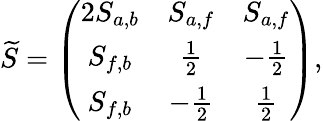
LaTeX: \widetilde{S}=\left(\begin{array}{ccc}{{2S_{a,b}}}&{{S_{a,f}}}&{{S_{a,f}}}\\ {{S_{f,b}}}&{{\frac{1}{2}}}&{{-\frac{1}{2}}}\\ {{S_{f,b}}}&{{-\frac{1}{2}}}&{{\frac{1}{2}}}\end{array}\right),